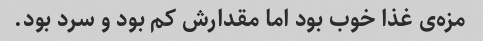
مزه‌ی غذا خوب بود اما مقدارش کم بود و سرد بود.